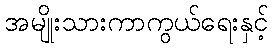
အမျိုးသားကာကွယ်ရေးနှင့်